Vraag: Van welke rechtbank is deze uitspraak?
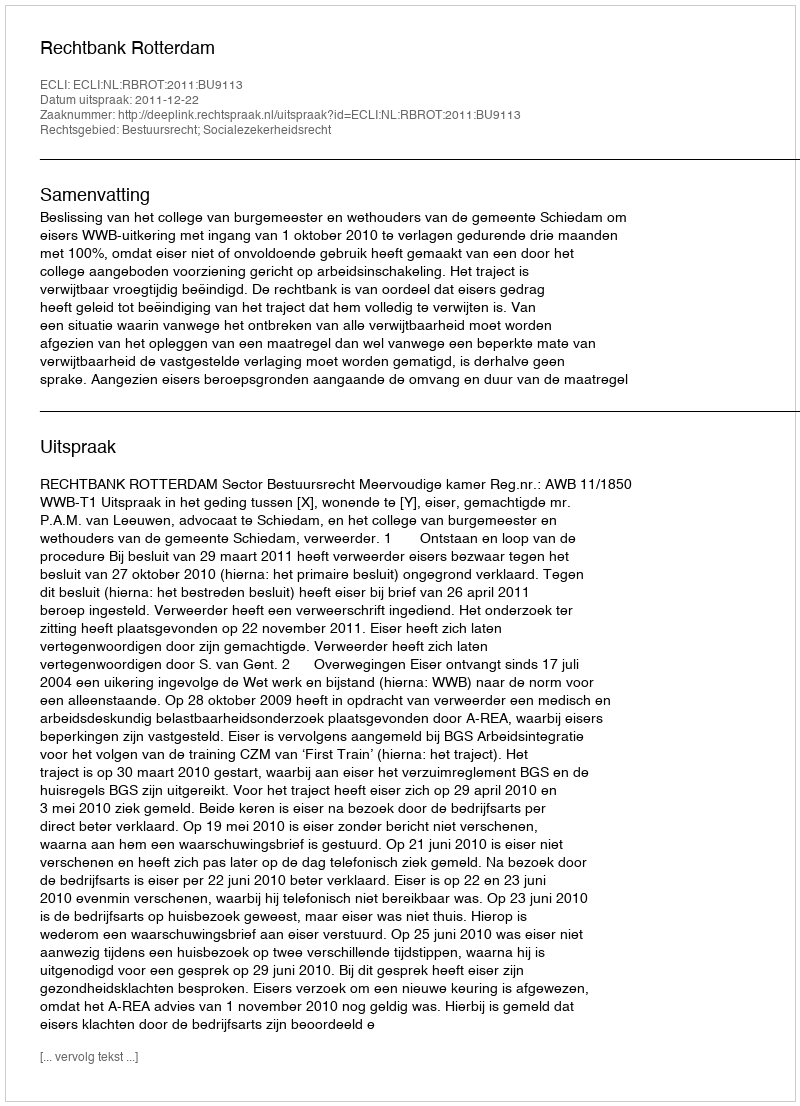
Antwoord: Rechtbank Rotterdam